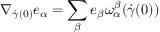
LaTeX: \nabla _ { { \dot { \gamma } } ( 0 ) } e _ { \alpha } = \sum _ { \beta } e _ { \beta } \omega _ { \alpha } ^ { \beta } ( { \dot { \gamma } } ( 0 ) )